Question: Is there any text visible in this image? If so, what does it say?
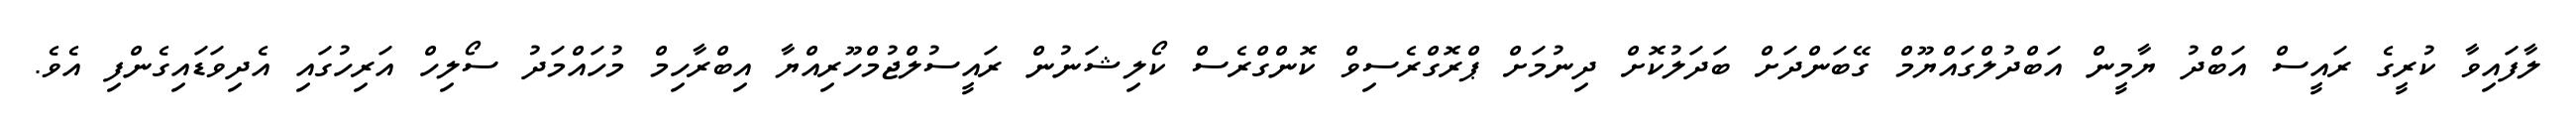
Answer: ލާފައިވާ ކުރީގެ ރައީސް އަބްދު ޔާމީން އަބްދުލްގައްޔޫމް ގޭބަންދަށް ބަދަލުކޮށް ދިނުމަށް ޕްރޮގްރެސިވް ކޮންގްރެސް ކޯލިޝަނުން ރައީސުލްޖުމްހޫރިއްޔާ އިބްރާހިމް މުހައްމަދު ސޯލިހް އަރިހުގައި އެދިވަޑައިގެންފި އެވެ.